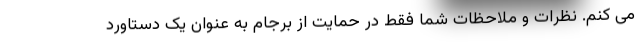
می کنم. نظرات و ملاحظات شما فقط در حمایت از برجام به عنوان یک دستاورد